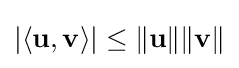
|\langle \mathbf {u} ,\mathbf {v} \rangle |\leq \|\mathbf {u} \|\|\mathbf {v} \|